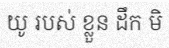
យូ របស់ ខ្លួន ដឹក មិ